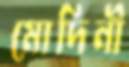
মোদিনী